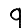
Digit: 9